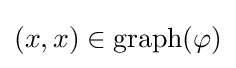
(x,x)\in \operatorname {graph} (\varphi )